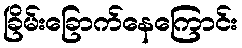
ခြိမ်းခြောက်နေကြောင်း